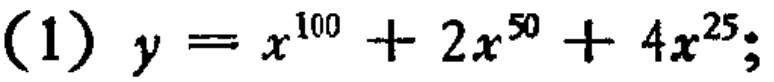
(1) \(y = x^{100}+2x^{50}+4x^{25};\)